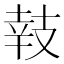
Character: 𢻏